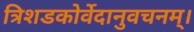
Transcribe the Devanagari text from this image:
त्रिशडकोर्वेदानुवचनम्।